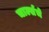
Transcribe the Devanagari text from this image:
चार्ल्सचे